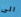
الى